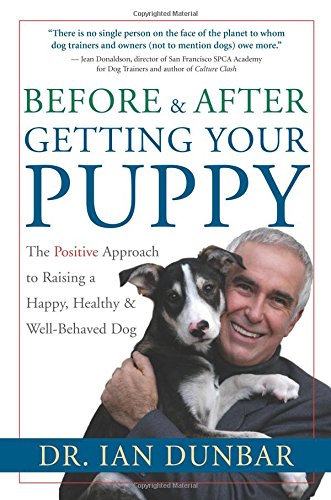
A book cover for Before and After Getting Your Puppy: The Positive Approach to Raising a Happy, Healthy, and Well-Behaved Dog; Dr. Ian Dunbar; Crafts, Hobbies & Home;